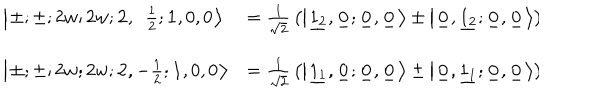
\begin{array} { l l } { { \left| \ \! \pm ; \pm ; 2 w ; 2 w ; { \mathbf 2 } , \ \ { \frac { 1 } { 2 } } ; { \mathbf 1 } , 0 , 0 \ \! \right\rangle } } & { { = { \frac { 1 } { \sqrt { 2 } } } \left( \left| \ \! \underline { { { 1 _ { 2 } } } } , \underline { { { 0 _ { } } } } ; \underline { { { 0 _ { } } } } , \underline { { { 0 _ { } } } } \ \! \right\rangle \pm \left| \ \! \underline { { { 0 _ { } } } } , \underline { { { 1 _ { 2 } } } } ; \underline { { { 0 _ { } } } } , \underline { { { 0 _ { } } } } \ \! \right\rangle \right) } } \\ { { \left| \ \! \pm ; \pm ; 2 w ; 2 w ; { \mathbf 2 } , - { \frac { 1 } { 2 } } ; { \mathbf 1 } , 0 , 0 \ \! \right\rangle } } & { { = { \frac { 1 } { \sqrt { 2 } } } \left( \left| \ \! \underline { { { 1 _ { 1 } } } } , \underline { { { 0 _ { } } } } ; \underline { { { 0 _ { } } } } , \underline { { { 0 _ { } } } } \ \! \right\rangle \pm \left| \ \! \underline { { { 0 _ { } } } } , \underline { { { 1 _ { 1 } } } } ; \underline { { { 0 _ { } } } } , \underline { { { 0 _ { } } } } \ \! \right\rangle \right) } } \\ \end{array} \hspace { 1 . 0 c m }